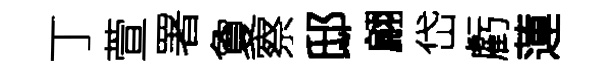
丁萱署夐察邸翩岱虧蓮